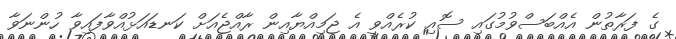
ގެ ފަރާތުން އެއްބަސްވުމުގައި ސޮއި ކުރެއްވީ އެ ޖަމިއްޔާއިން ރާއްޖެއަށް ކަނޑައަޅުއްވާފައިވާ ހުންނަވާ